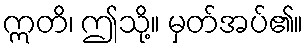
ဣတိ၊ ဤသို့။ မှတ်အပ်၏။